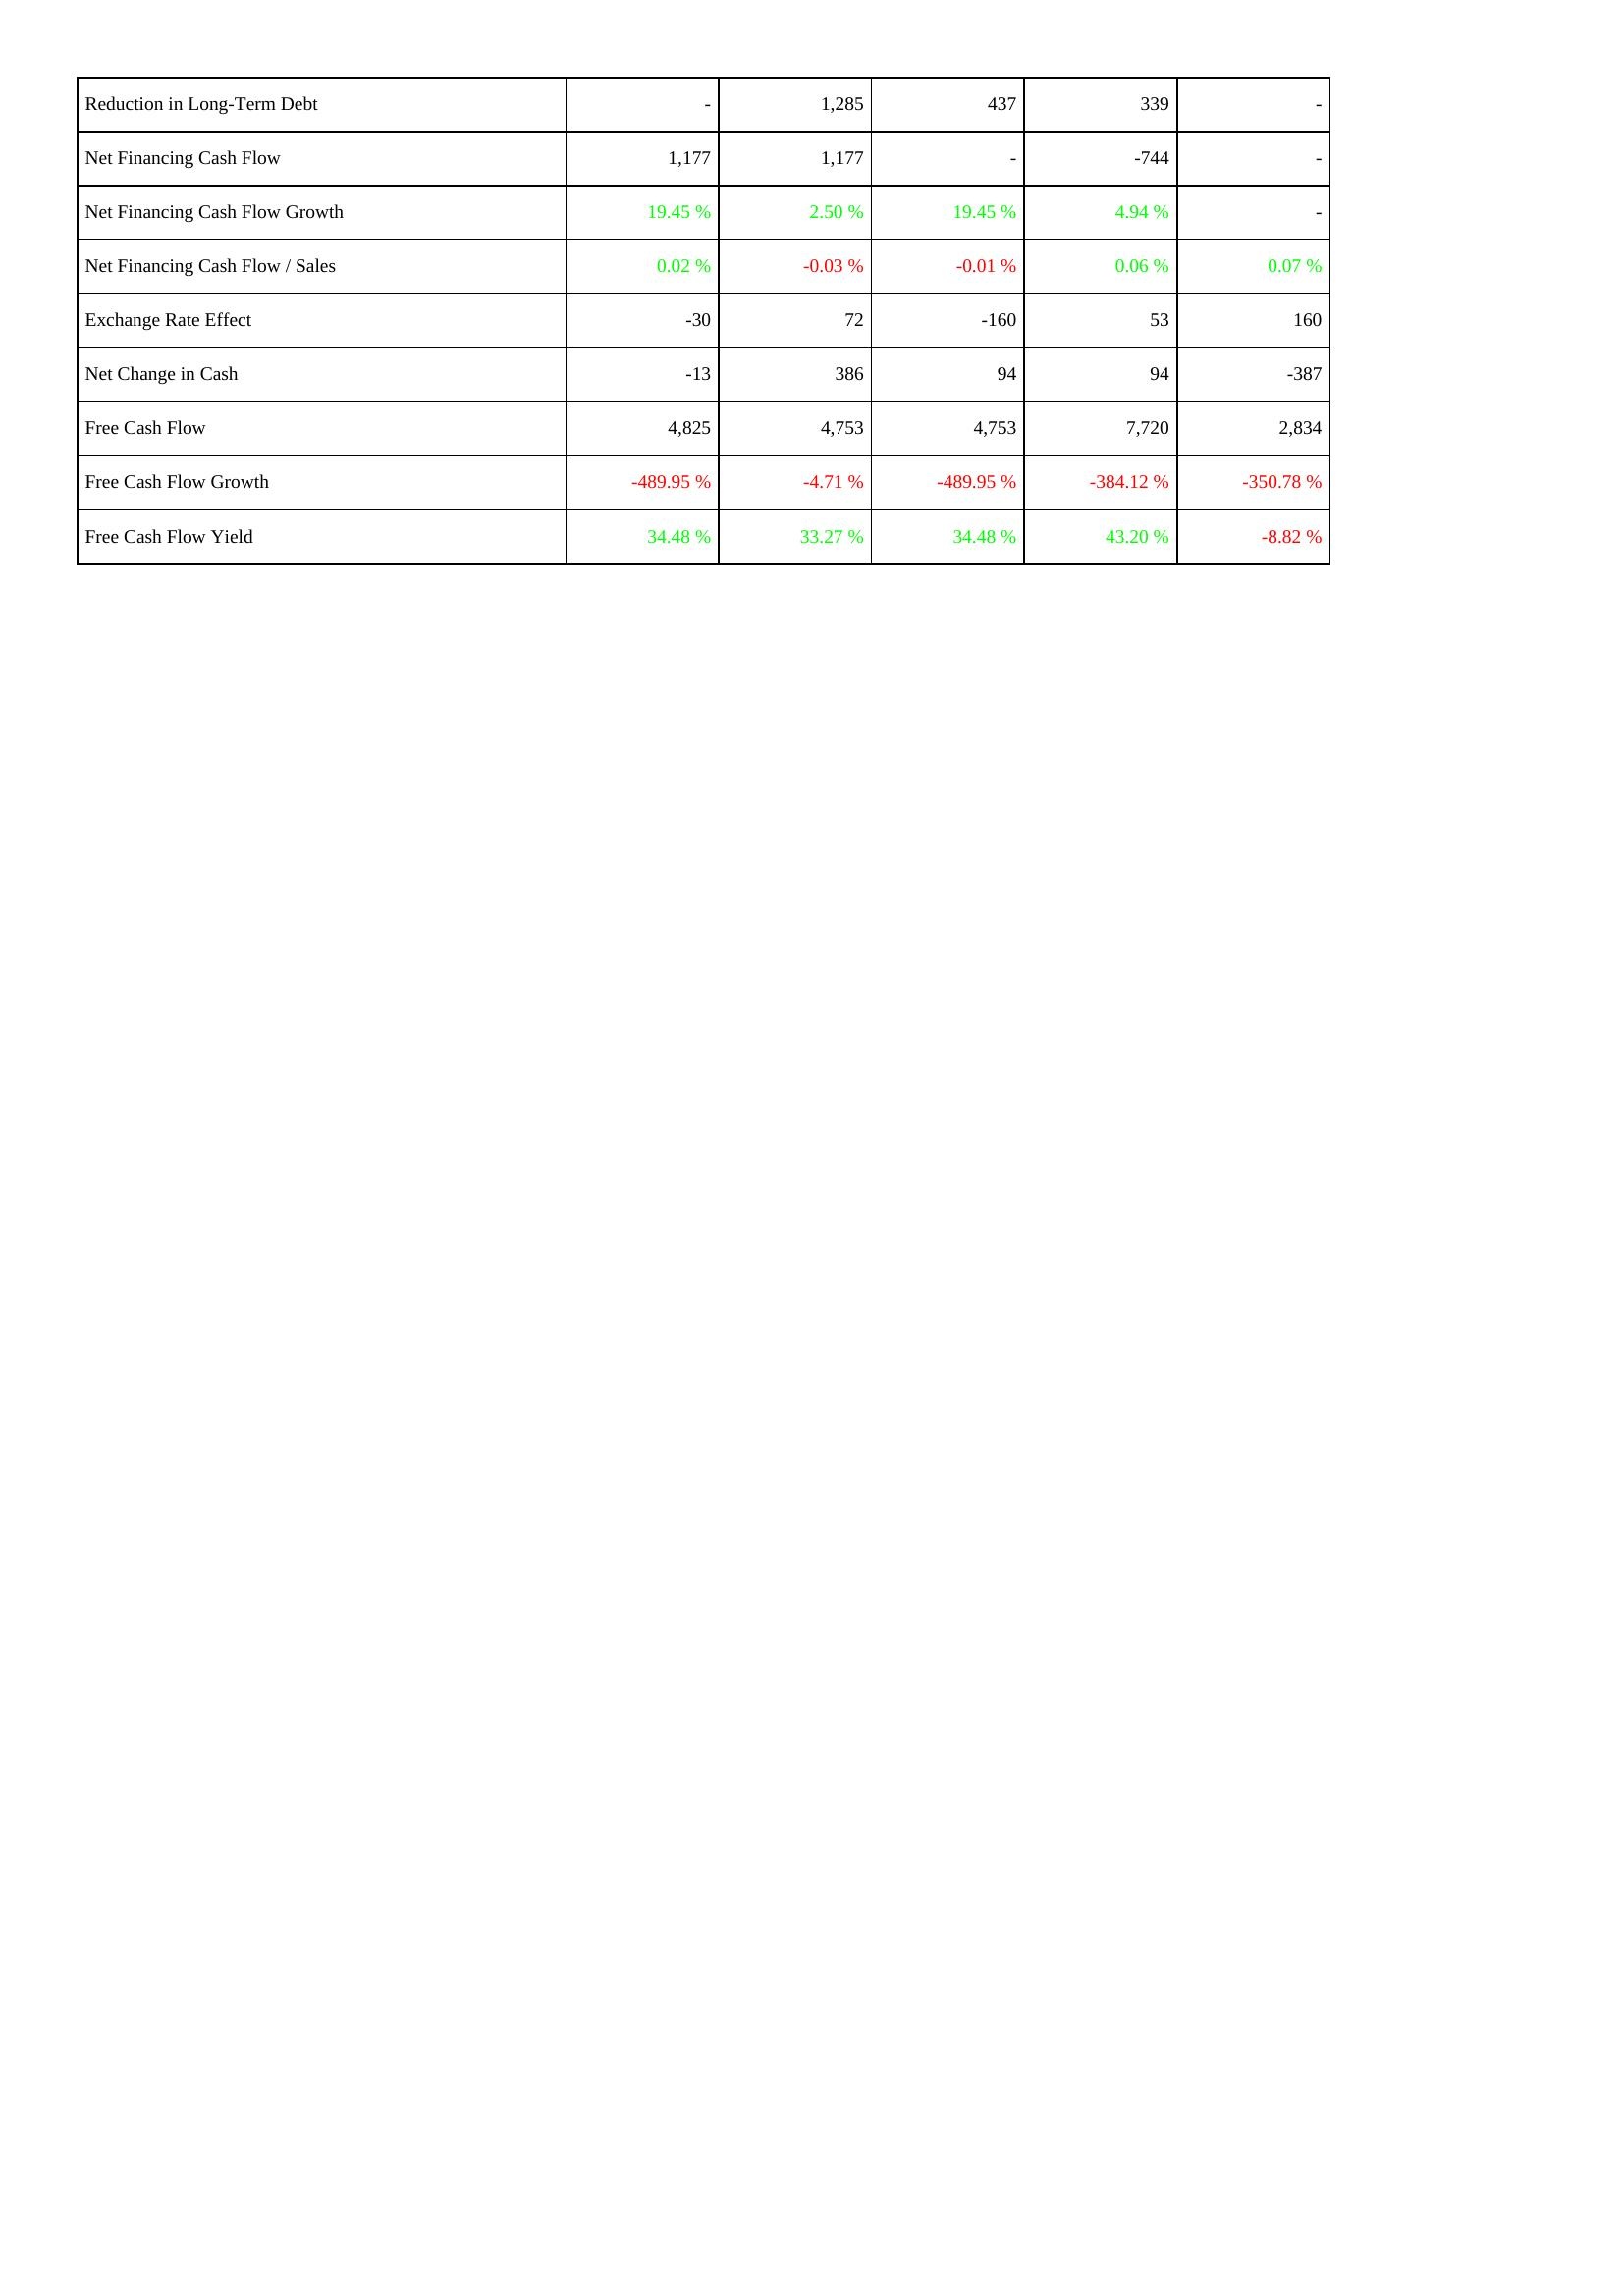
2020: Financing Activities: Reduction in Long-Term Debt: -
Net Financing Cash Flow: 1,177
Net Financing Cash Flow Growth: 19.45 %
Net Financing Cash Flow / Sales: 0.02 %
Exchange Rate Effect: -30
Net Change in Cash: -13
Free Cash Flow: 4,825
Free Cash Flow Growth: -489.95 %
Free Cash Flow Yield: 34.48 %
2021: Financing Activities: Reduction in Long-Term Debt: 1,285
Net Financing Cash Flow: 1,177
Net Financing Cash Flow Growth: 2.50 %
Net Financing Cash Flow / Sales: -0.03 %
Exchange Rate Effect: 72
Net Change in Cash: 386
Free Cash Flow: 4,753
Free Cash Flow Growth: -4.71 %
Free Cash Flow Yield: 33.27 %
2022: Financing Activities: Reduction in Long-Term Debt: 437
Net Financing Cash Flow: -
Net Financing Cash Flow Growth: 19.45 %
Net Financing Cash Flow / Sales: -0.01 %
Exchange Rate Effect: -160
Net Change in Cash: 94
Free Cash Flow: 4,753
Free Cash Flow Growth: -489.95 %
Free Cash Flow Yield: 34.48 %
2023: Financing Activities: Reduction in Long-Term Debt: 339
Net Financing Cash Flow: -744
Net Financing Cash Flow Growth: 4.94 %
Net Financing Cash Flow / Sales: 0.06 %
Exchange Rate Effect: 53
Net Change in Cash: 94
Free Cash Flow: 7,720
Free Cash Flow Growth: -384.12 %
Free Cash Flow Yield: 43.20 %
2024: Financing Activities: Reduction in Long-Term Debt: -
Net Financing Cash Flow: -
Net Financing Cash Flow Growth: -
Net Financing Cash Flow / Sales: 0.07 %
Exchange Rate Effect: 160
Net Change in Cash: -387
Free Cash Flow: 2,834
Free Cash Flow Growth: -350.78 %
Free Cash Flow Yield: -8.82 %